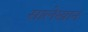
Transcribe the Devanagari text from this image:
सालेखान